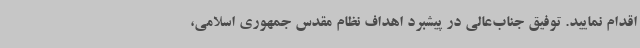
اقدام نمایید. توفیق جناب‌عالی در پیشبرد اهداف نظام مقدس جمهوری اسلامی،